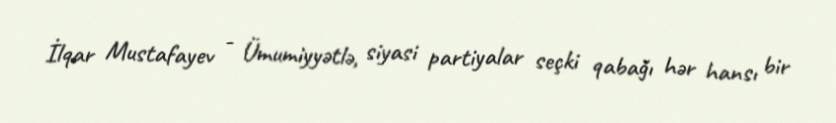
İlqar Mustafayev - Ümumiyyətlə, siyasi partiyalar seçki qabağı hər hansı bir